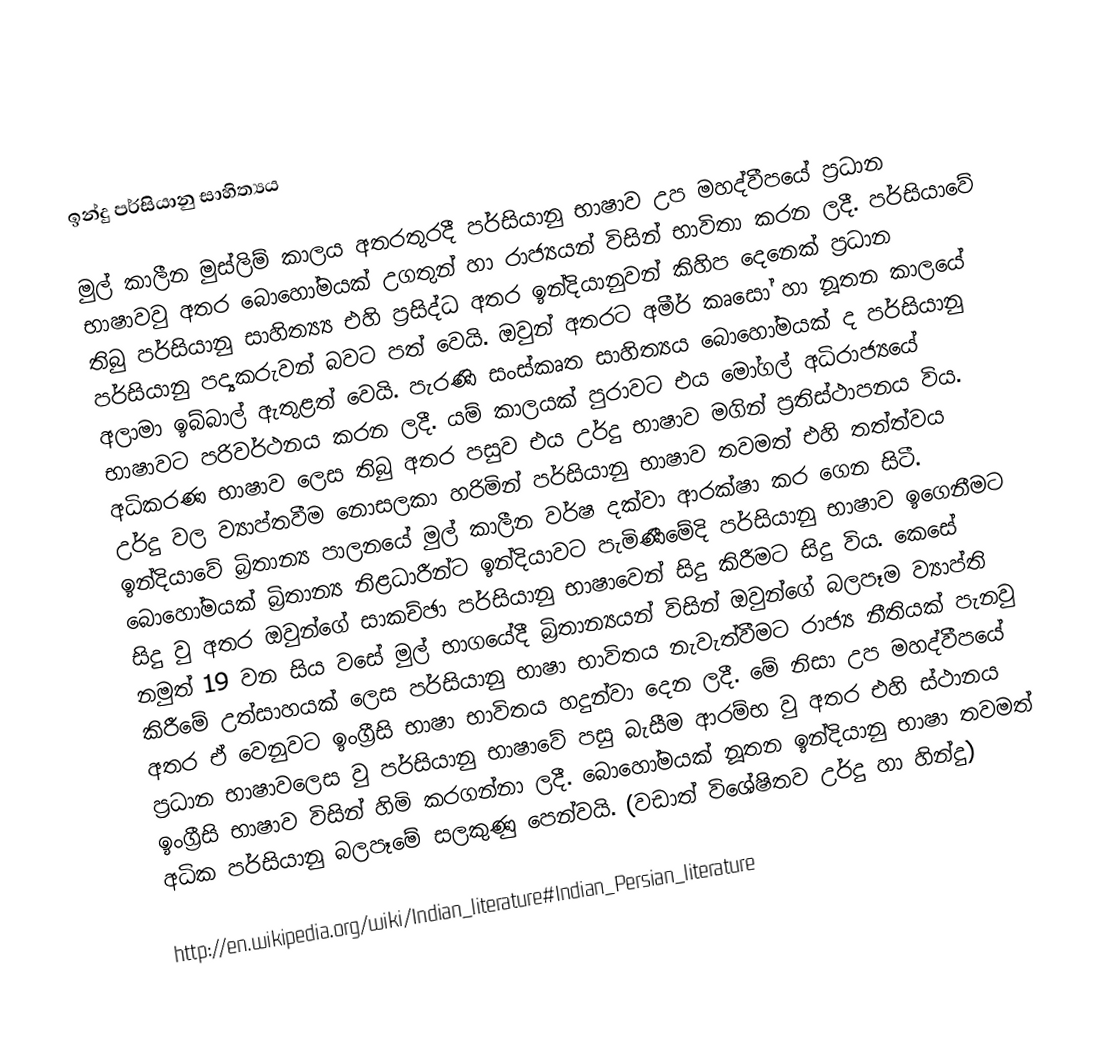

ඉන්දු පර්සියානු සාහිත්‍යය

මුල් කාලීන මුස්ලිම් කාලය අතරතුරදී පර්සියානු භාෂාව උප මහද්වීපයේ ප්‍රධාන භාෂාවවු අතර බොහෝමයක් උගතුන් හා රාජ්‍යයන් විසින් භාවිතා කරන ලදී. පර්සියාවේ තිබු පර්සියානු සාහිත්‍ය්‍ය එහි ප්‍රසිද්ධ අතර ඉන්දියානුවන් කිහිප දෙනෙක් ප්‍රධාන පර්සියානු පද්‍යකරුවන් බවට පත් වෙයි. ඔවුන් අතරට අමීර් කෘසෝ හා නූතන කාලයේ අලාමා ඉබ්බාල් ඇතුළත් වෙයි. පැරණි සංස්කෘත සාහිත්‍යය බොහෝමයක් ද පර්සියානු භාෂාවට පරිවර්ථනය කරන ලදී. යම් කාලයක් පුරාවට එය මෝගල් අධිරාජ්‍යයේ අධිකරණ භාෂාව ලෙස තිබු අතර පසුව එය උර්දු භාෂාව මගින් ප්‍රතිස්ථාපනය  ‍විය. උර්දු වල ව්‍යාප්තවීම නොසලකා හරිමින් පර්සියානු භාෂාව තවමත් එහි තත්ත්වය ඉන්දියාවේ බ්‍රිතාන්‍ය පාලනයේ මුල් කාලීන වර්ෂ දක්වා ආරක්ෂා කර ගෙන සිටී. බොහෝමයක් බ්‍රිතාන්‍ය නිළධාරීන්ට ඉන්දියාවට පැමිණීමේදි පර්සියානු භාෂාව ඉගෙනීමට සිදු වු අතර ඔවුන්ගේ සාකච්ඡා පර්සියානු භාෂාවෙන් සිදු කිරීමට සිදු විය. කෙසේ නමුත් 19 වන සිය වසේ මුල් භාගයේදී බ්‍රිතාන්‍යයන් විසින් ඔවුන්ගේ බලපෑම ව්‍යාප්ති කිරීමේ උත්සාහයක් ලෙස පර්සියානු භාෂා භාවිතය නැවැත්වීමට රාජ්‍ය නීතියක් පැනවු අතර ඒ වෙනුවට ඉංග්‍රීසි භාෂා භාවිතය හදුන්වා දෙන ලදී. මේ නිසා උප මහද්වීපයේ ප්‍රධාන භාෂාවලෙස වු පර්සියානු භාෂාවේ පසු බැසීම ආරම්භ වු අතර එහි ස්ථානය ඉංග්‍රීසි භාෂාව විසින් හිමි කරගන්නා ලදී. බොහෝමයක් නූතන ඉන්දියානු භාෂා තවමත් අධික පර්සියානු බලපෑමේ සලකුණු පෙන්වයි. (වඩාත් විශේෂිතව උර්දු හා හින්දු)

http://en.wikipedia.org/wiki/Indian_literature#Indian_Persian_literature